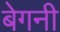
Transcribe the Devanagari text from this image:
बेगनी